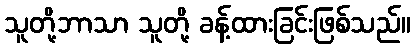
သူတို့ဘာသာ သူတို့ ခန့်ထားခြင်းဖြစ်သည်။